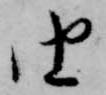
由